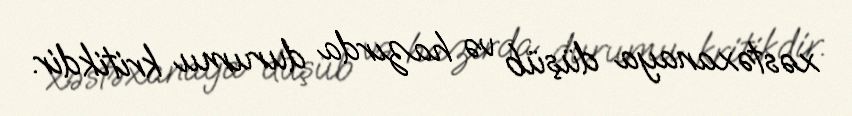
xəstəxanaya düşüb və hazırda durumu kritikdir.